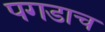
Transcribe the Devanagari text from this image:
पगडाच